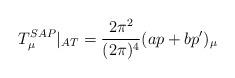
LaTeX: \begin{align*}T_{\mu }^{SAP}|_{AT}=\frac{2\pi ^{2}}{(2\pi )^{4}}(ap+bp^{\prime })_{\mu }\end{align*}